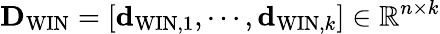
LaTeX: {\mathbf D}_{\mathrm{WIN}}=\left[{\mathbf d}_{\mathrm{WIN},1},\cdots,{\mathbf d}_{\mathrm{WIN},k}\right]\in\mathbb{R}^{n\times k}